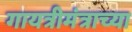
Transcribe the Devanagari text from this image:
गायत्रीमंत्राच्या